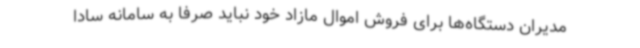
مدیران دستگاه‌ها برای فروش اموال مازاد خود نباید صرفا به سامانه سادا